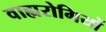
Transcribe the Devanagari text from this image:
वाह्यरोगियों